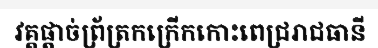
វគ្គផ្តាច់ព្រ័ត្រកក្រើកកោះពេជ្ររាជធានី